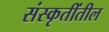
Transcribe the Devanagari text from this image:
संस्कृतींतील